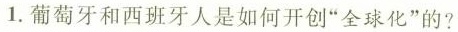
1.葡萄牙和西班牙人是如何开创”全球化”的?